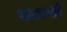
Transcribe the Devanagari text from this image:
सतावणारे